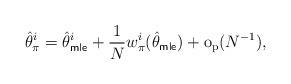
\begin{align*} \hat{\theta}^i_\pi = \hat{\theta}^i_{\sf mle} + \frac{1}{N} w^i_\pi(\hat{\theta}_{\sf mle})+ \mathrm{o}_\mathrm{p}(N^{-1}),\end{align*}